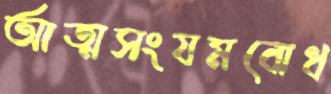
আত্মসংযমবোধ